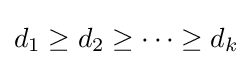
d_{1}\geq d_{2}\geq \cdots \geq d_{k}